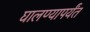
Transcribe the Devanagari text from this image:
घालण्यापर्यंत